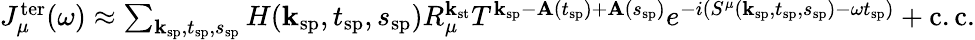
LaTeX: \begin{array}{r}{J_{\mu}^{\mathrm{ter}}(\omega)\approx\sum_{\textbf{k}_{\mathrm{sp}},t_{\mathrm{sp}},s_{\mathrm{sp}}}H(\textbf{k}_{\mathrm{sp}},t_{\mathrm{sp}},s_{\mathrm{sp}})R_{\mu}^{\mathbf{k}_{\mathrm{st}}}T^{\textbf{k}_{\mathrm{sp}}-\textbf{A}(t_{\mathrm{sp}})+\textbf{A}(s_{\mathrm{sp}})}e^{-i\left(S^{\mu}(\textbf{k}_{\mathrm{sp}},t_{\mathrm{sp}},s_{\mathrm{sp}})-\omega t_{\mathrm{sp}}\right)}+\mathrm{c.c.}}\end{array}